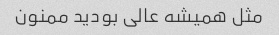
مثل همیشه عالی بودید ممنون